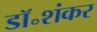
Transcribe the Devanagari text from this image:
डॉ॰शंकर